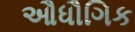
ઔધૌગિક